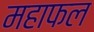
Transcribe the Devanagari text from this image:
महाफल